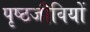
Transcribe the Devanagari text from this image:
पृष्ठजीवियों